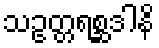
သဥတ္တရစ္ဆဒါနိ